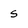
Character: s